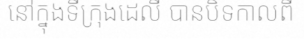
នៅក្នុងទីក្រុងដេលី បានបិទកាលពី